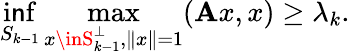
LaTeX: \operatorname*{i\mathsf{n}f}_{S_{k-1}}\operatorname*{max}_{x\inS_{k-1}^{\perp},\| x\| =1}(\mathbf{A}x,x)\geq\lambda_{k}.